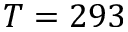
T = 2 9 3